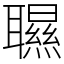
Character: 䏉